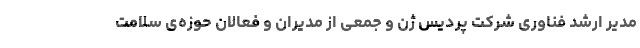
مدیر ارشد فناوری شرکت پردیس‌ ژن و جمعی از مدیران و فعالان حوزه‌ی سلامت